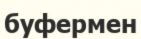
буфермен